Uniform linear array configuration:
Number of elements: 32
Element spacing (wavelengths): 0.25
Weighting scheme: cosine
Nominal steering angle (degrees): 0
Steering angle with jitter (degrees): -1.596
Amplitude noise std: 0.05
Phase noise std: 0.05

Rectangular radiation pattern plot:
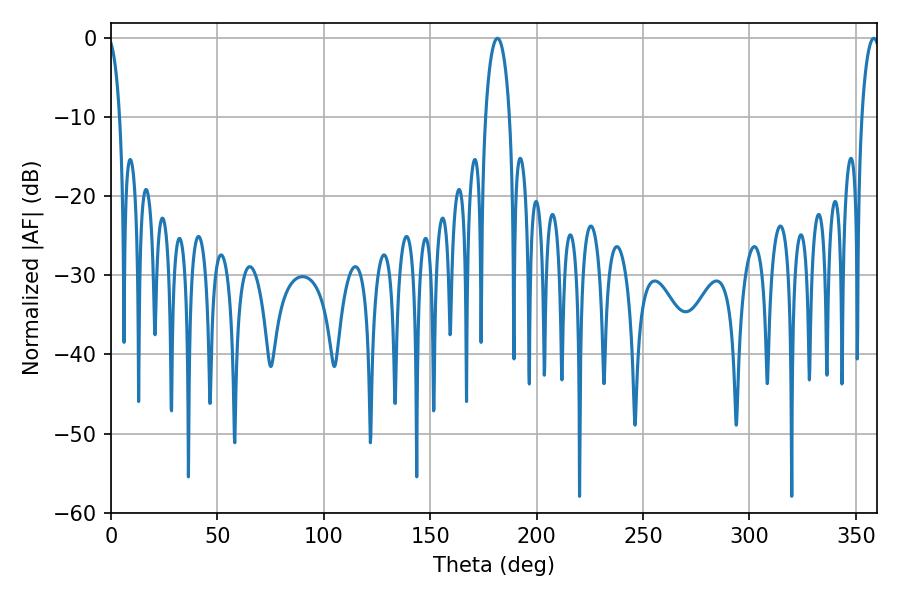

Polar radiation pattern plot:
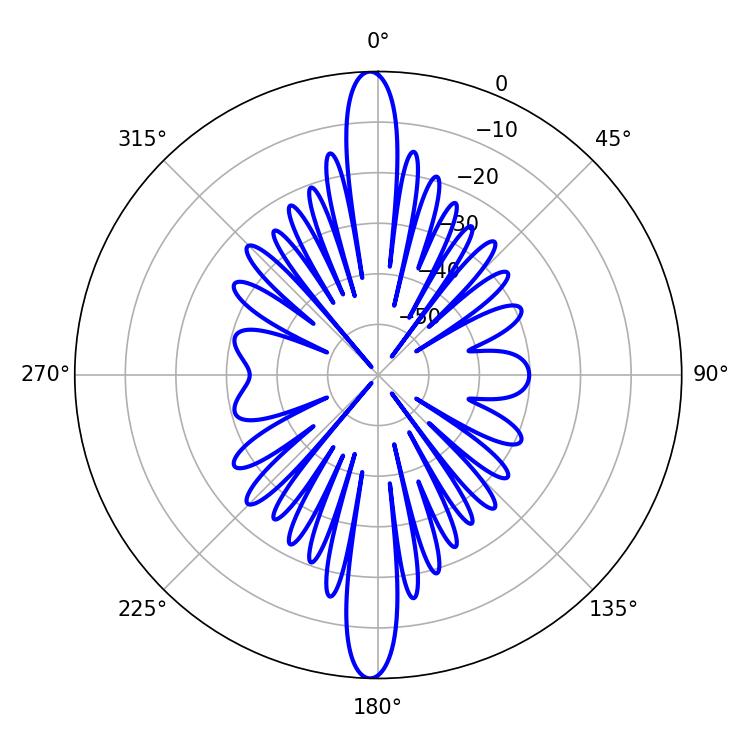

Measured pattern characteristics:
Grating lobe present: FALSE
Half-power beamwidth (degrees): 6.48
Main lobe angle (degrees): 181.62